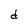
Character: d